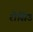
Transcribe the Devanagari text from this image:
रोसिउ